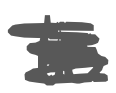
Text: to
Cross-out: scratch
Writing tool: digital_gray